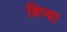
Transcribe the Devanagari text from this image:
डिप्पा